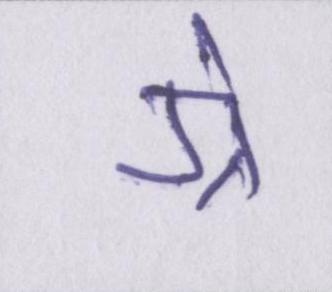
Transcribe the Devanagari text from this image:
ग्रे